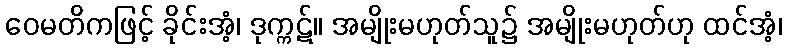
ဝေမတိကဖြင့် ခိုင်းအံ့၊ ဒုက္ကဋ်။ အမျိုးမဟုတ်သူ၌ အမျိုးမဟုတ်ဟု ထင်အံ့၊